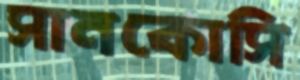
সানকোসি